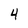
Character: 4